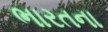
ભારતના